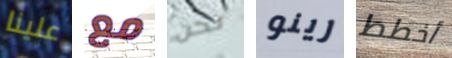
علينا مع نحن رينو أخطط